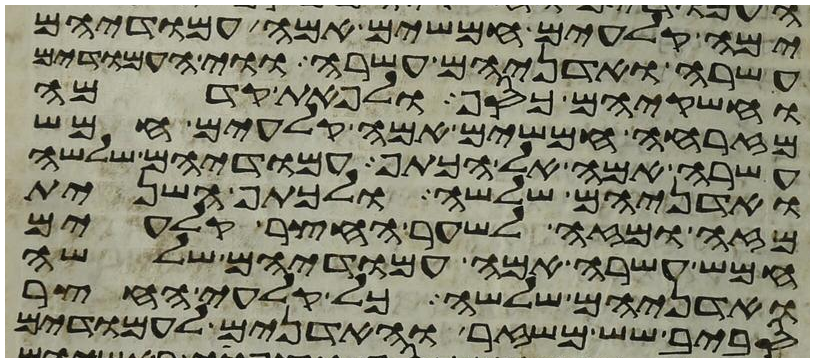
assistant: ימה קלעים חמשים אמה עמודיהם
עשרה ואדניהם עשרה ווי העמודים
וחשקיהם כסף ולפאת קדמה
מזרחה חמשים אמה קלעים חמש
עשרה אמה אל הכתף עמודיהם שלשה
ואדניהם שלשה ולכתף השנית
מזה ומזה לשער החצר קלעים
חמש עשרה אמה עמודיהם שלשה
ואדניהם שלשה כל קלעי החצר
סביב שש משזר והאדנים לעמודים